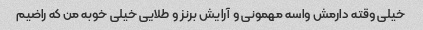
خیلی وقته دارمش واسه مهمونی و آرایش برنز و طلایی خیلی خوبه من که راضیم